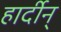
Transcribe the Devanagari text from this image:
हार्दीन्